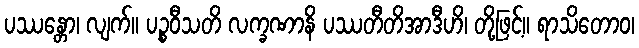
ပဿန္တော၊ လျက်။ ပဉ္စဝီသတိ လက္ခဏာနိ ပဿတီတိအာဒီဟိ၊ တို့ဖြင့်။ ရာသိတောဝ၊